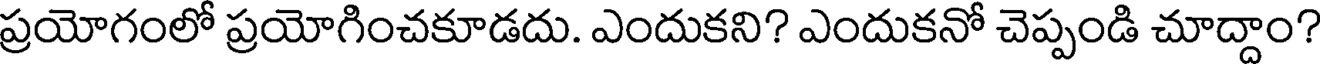
ప్రయోగంలో ప్రయోగించకూడదు. ఎందుకని? ఎందుకనో చెప్పండి చూద్దాం?